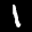
Digit: 1